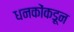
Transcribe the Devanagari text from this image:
धनकोंकडून